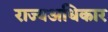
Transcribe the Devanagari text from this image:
राज्यअधिकार